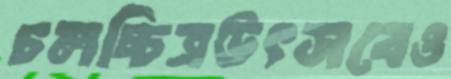
চলচ্চিত্রউৎসবেও